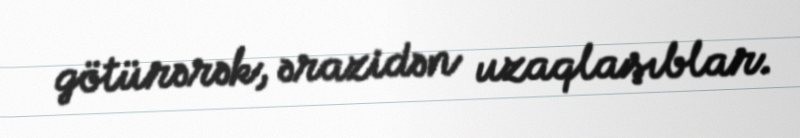
götürərək, ərazidən uzaqlaşıblar.